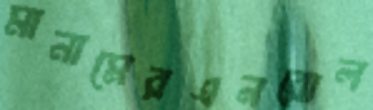
মানামেরএনরোল